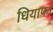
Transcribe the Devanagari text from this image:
धियाफा